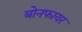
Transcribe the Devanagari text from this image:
बोनफायर